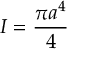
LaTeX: I = { \frac { \pi a ^ { 4 } } { 4 } }